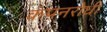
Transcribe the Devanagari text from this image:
कंपनरोधी